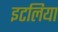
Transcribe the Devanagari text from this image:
इटलिया